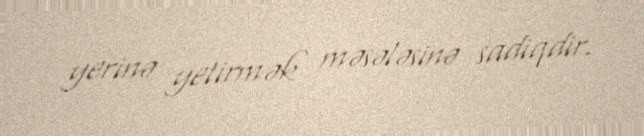
yerinə yetirmək məsələsinə sadiqdir.